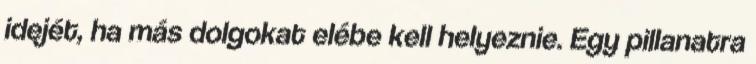
idejét, ha más dolgokat elébe kell helyeznie. Egy pillanatra